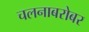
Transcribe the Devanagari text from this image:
चलनाबरोबर